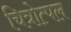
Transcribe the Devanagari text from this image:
चित्रोत्पल